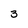
Character: 3